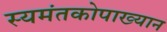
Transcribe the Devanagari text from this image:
स्यमंतकोपाख्यान